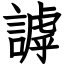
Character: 謼